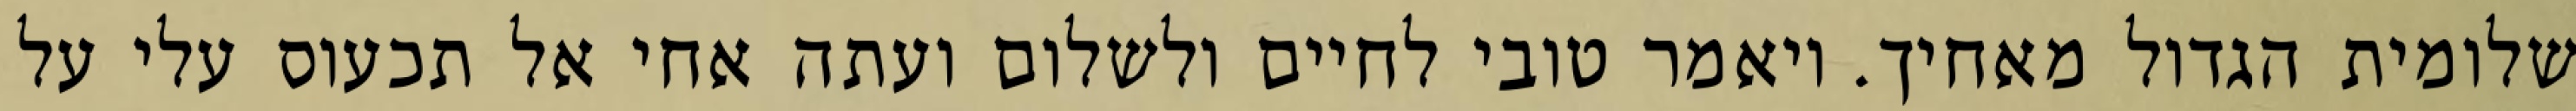
שלומית הגדול מאחיך. ויאמר טובי לחיים ולשלום ועתה אחי אל תכעוס עלי על